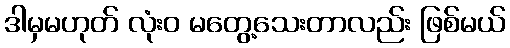
ဒါမှမဟုတ် လုံးဝ မတွေ့သေးတာလည်း ဖြစ်မယ်